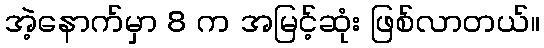
အဲ့နောက်မှာ 8 က အမြင့်ဆုံး ဖြစ်လာတယ်။